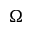
\Omega